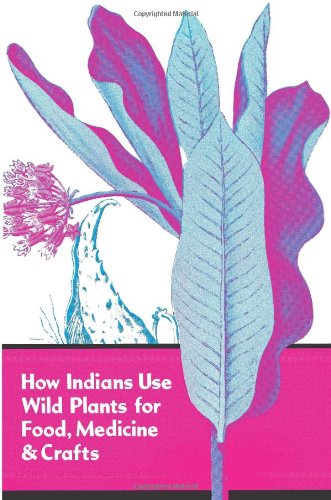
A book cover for How Indians Use Wild Plants for Food, Medicine and Crafts; Frances Densmore; Cookbooks, Food & Wine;